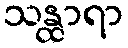
သန္ထာရာ